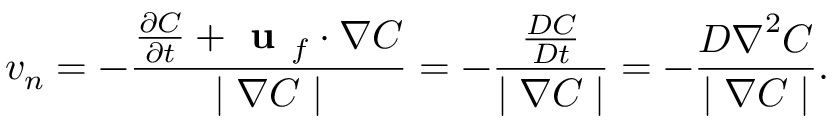
v _ { n } = - \frac { \frac { \partial C } { \partial t } + \textbf { u } _ { f } \cdot \boldsymbol \nabla C } { \mid \boldsymbol \nabla C \mid } = - \frac { \frac { D C } { D t } } { \mid \boldsymbol \nabla C \mid } = - \frac { D \boldsymbol \nabla ^ { 2 } C } { \mid \boldsymbol \nabla C \mid } .